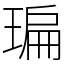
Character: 㻞